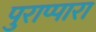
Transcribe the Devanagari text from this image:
पुराप्पारा